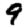
Digit: 9